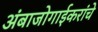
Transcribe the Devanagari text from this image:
अंबाजोगाईकरांचे